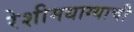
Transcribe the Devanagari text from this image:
रेशीमधाग्याची